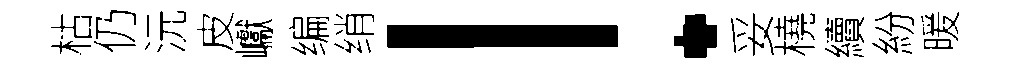
枯仍沅皮巘编绡！妥橈續紛暖